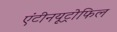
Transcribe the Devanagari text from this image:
एंटीनयूट्रोफिल